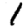
Digit: 1